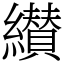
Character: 纉